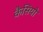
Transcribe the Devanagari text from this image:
कैसियो